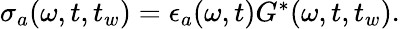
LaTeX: \begin{array}{r}{\sigma_{a}(\omega,t,t_{w})=\epsilon_{a}(\omega,t){G}^{*}(\omega,t,t_{w}).}\end{array}